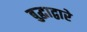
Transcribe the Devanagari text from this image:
बुद्धाद्वारे